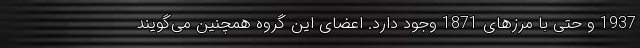
1937 و حتی با مرزهای 1871 وجود دارد. اعضای این گروه همچنین می‌گویند